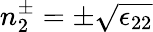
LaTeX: n_{2}^{\pm}=\pm\sqrt{\epsilon_{22}}